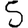
Digit: 5